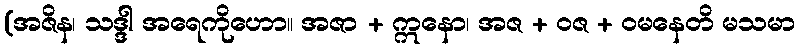
(အဇိန၊ သဒ္ဒါ အရေကိုဟော။ အဇာ + ဣနော၊ အဇ + ဝဇ + ဝမနေတိ မသမာ